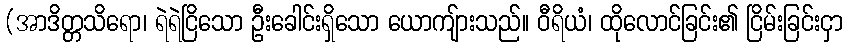
(အာဒိတ္တသိရော၊ ရဲရဲငြိသော ဦးခေါင်းရှိသော ယောကျ်ားသည်။ ဝီရိယံ၊ ထိုလောင်ခြင်း၏ ငြိမ်းခြင်းငှာ